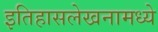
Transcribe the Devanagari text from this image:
इतिहासलेखनामध्ये